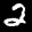
Label: 2